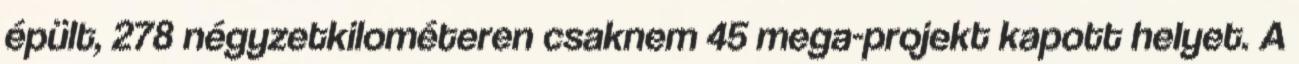
épült, 278 négyzetkilométeren csaknem 45 mega-projekt kapott helyet. A